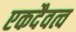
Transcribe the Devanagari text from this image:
एकदैवत्व